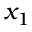
x _ { 1 }